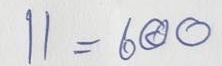
11 = 600